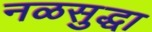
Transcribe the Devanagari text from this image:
नळसुद्धा